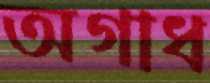
অগাধ